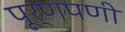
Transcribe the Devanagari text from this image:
पूर्णपणी